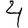
Digit: 4